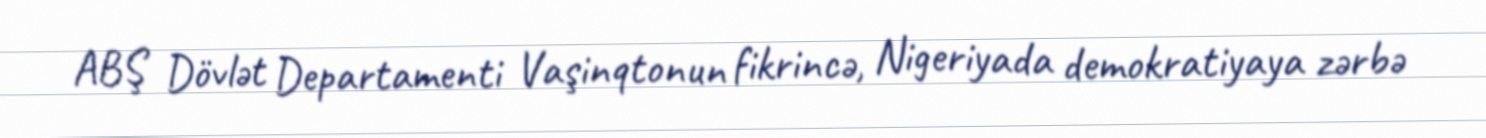
ABŞ Dövlət Departamenti Vaşinqtonun fikrincə, Nigeriyada demokratiyaya zərbə